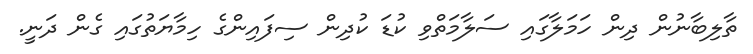
ތާލިބާނުން ދިން ހަމަލާގައި ސަލާމަތްވި ކުޑަ ކުދިން ސިފައިންގެ ހިމާޔަތުގައި ގެން ދަނީ.